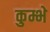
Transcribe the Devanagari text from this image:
कुम्भे